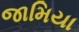
જામિયા